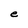
Character: e